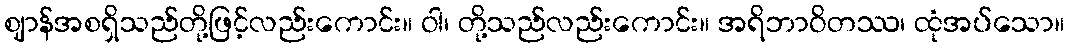
ဈာန်အစရှိသည်တို့ဖြင့်လည်းကောင်း။ ဝါ၊ တို့သည်လည်းကောင်း။ အရိဘာဝိတဿ၊ ထုံအပ်သော။